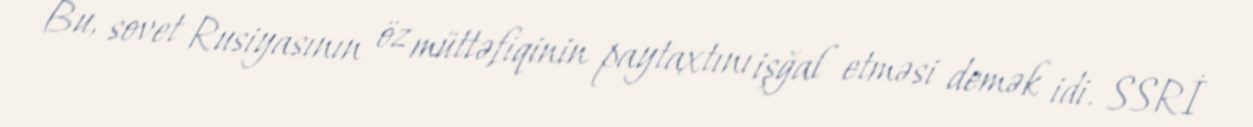
Bu, sovet Rusiyasının öz müttəfiqinin paytaxtını işğal etməsi demək idi. SSRİ